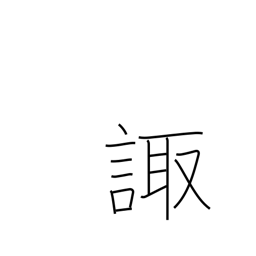
Meaning: consult